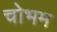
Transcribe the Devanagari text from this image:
चोभम